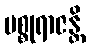
မစ္စုရာဇန္တိ